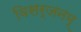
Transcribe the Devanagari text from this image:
विसर्जनम्